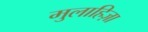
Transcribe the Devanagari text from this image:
मुलाहिज़ा